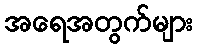
အရေအတွက်များ